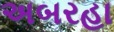
અબરહા